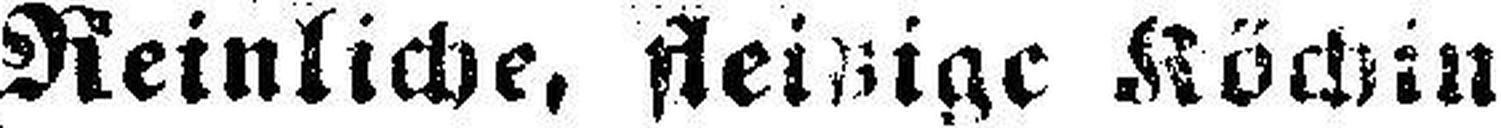
Reinliche, steinige Köchin